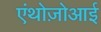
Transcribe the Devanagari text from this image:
एंथोज़ोआई